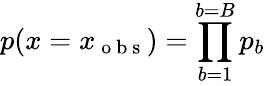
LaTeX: p(x=x_{\mathrm{~o~b~s~}})=\prod_{b=1}^{b=B}p_{b}